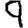
Digit: 9